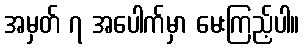
အမှတ် ၇ အပေါက်မှာ မေးကြည့်ပါ။